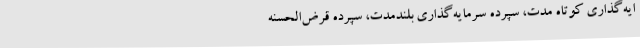
ایه‌گذاری کوتاه مدت، سپرده سرمایه‌گذاری بلندمدت، سپرده قرض‌الحسنه